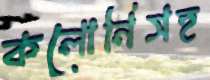
কলোনিসহ